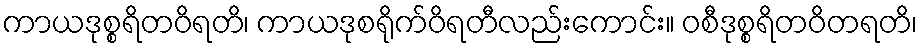
ကာယဒုစ္စရိတဝိရတိ၊ ကာယဒုစရိုက်ဝိရတီလည်းကောင်း။ ဝစီဒုစ္စရိတဝိတရတိ၊